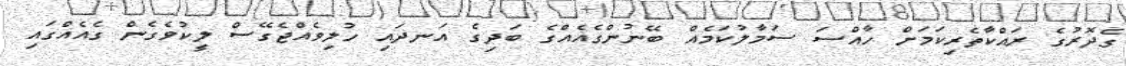
ގެދޮރުގެ ރައްކާތެރިކަމަށް ހާއްސަ ސަމާލުކަމެއް ބޭނުންގެއެއްގެ ބަދިގެ އަނދައި ހުލިވެއްޖެގޭސް ލީކުވެގެން ގެއެއްގައި